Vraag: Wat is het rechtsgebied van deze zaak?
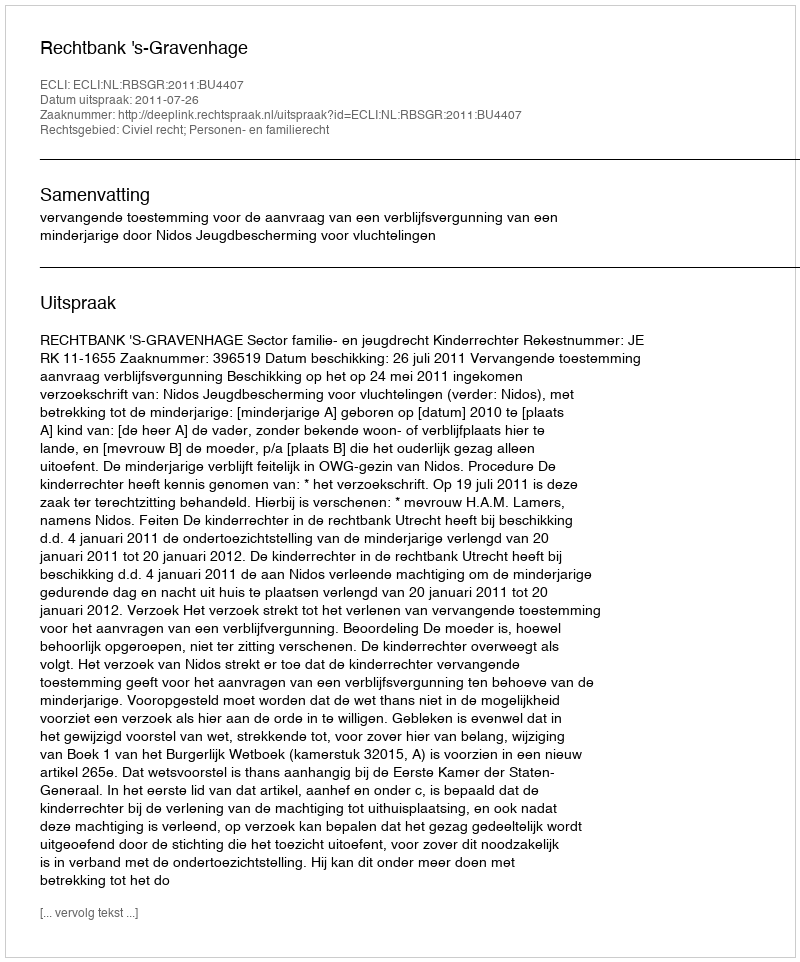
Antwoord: Civiel recht; Personen- en familierecht